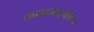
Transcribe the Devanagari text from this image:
काममदमोचन